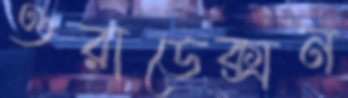
ওরাডেক্সন